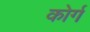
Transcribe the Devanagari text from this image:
कोर्ग